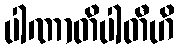
ပါဏာတိပါတီဟိ